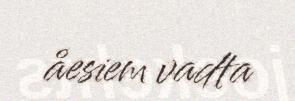
åesiem vadta